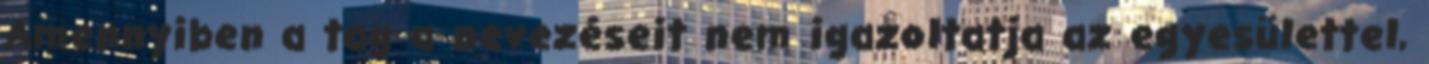
Amennyiben a tag a nevezéseit nem igazoltatja az egyesülettel,